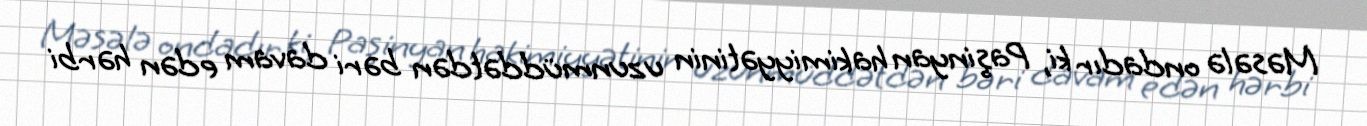
Məsələ ondadır ki, Paşinyan hakimiyyətinin uzunmüddətdən bəri davam edən hərbi